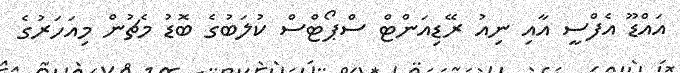
އައްޑޫ އެފްސީ އާއި ނިއު ރޭޑިއަންޓް ސްޕޯޓްސް ކުލަބުގެ ބޮޑު މެޗުން މިއަހަރުގެ